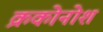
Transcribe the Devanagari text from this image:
क्रकोनोश